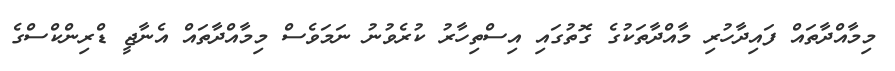
މިމާއްދާތައް ފައިދާހުރި މާއްދާތަކުގެ ގޮތުގައި އިސްތިހާރު ކުރެވުނު ނަމަވެސް މިމާއްދާތައް އެނާޖީ ޑްރިންކްސްގެ